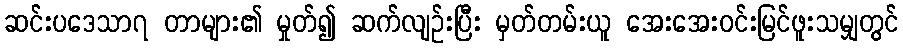
ဆင်းပဒေသာ၇ တာများ၏ မှုတ်၍ ဆက်လျဉ်းပြီး မှတ်တမ်းယူ အေးအေးဝင်းမြင်ဖူးသမျှတွင်